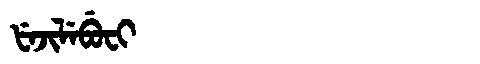
Manchu: ᡶᡝᠵᡳᠯᡝᠪᡠᠸᡳ
Romanization: FEJILEBUFI